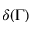
\delta ( \Gamma )